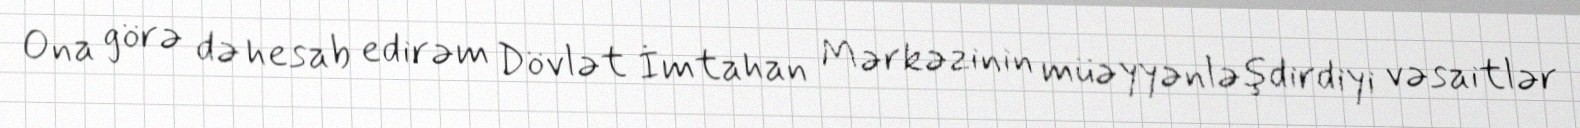
Ona görə də hesab edirəm Dövlət İmtahan Mərkəzinin müəyyənləşdirdiyi vəsaitlər